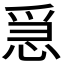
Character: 𢚩